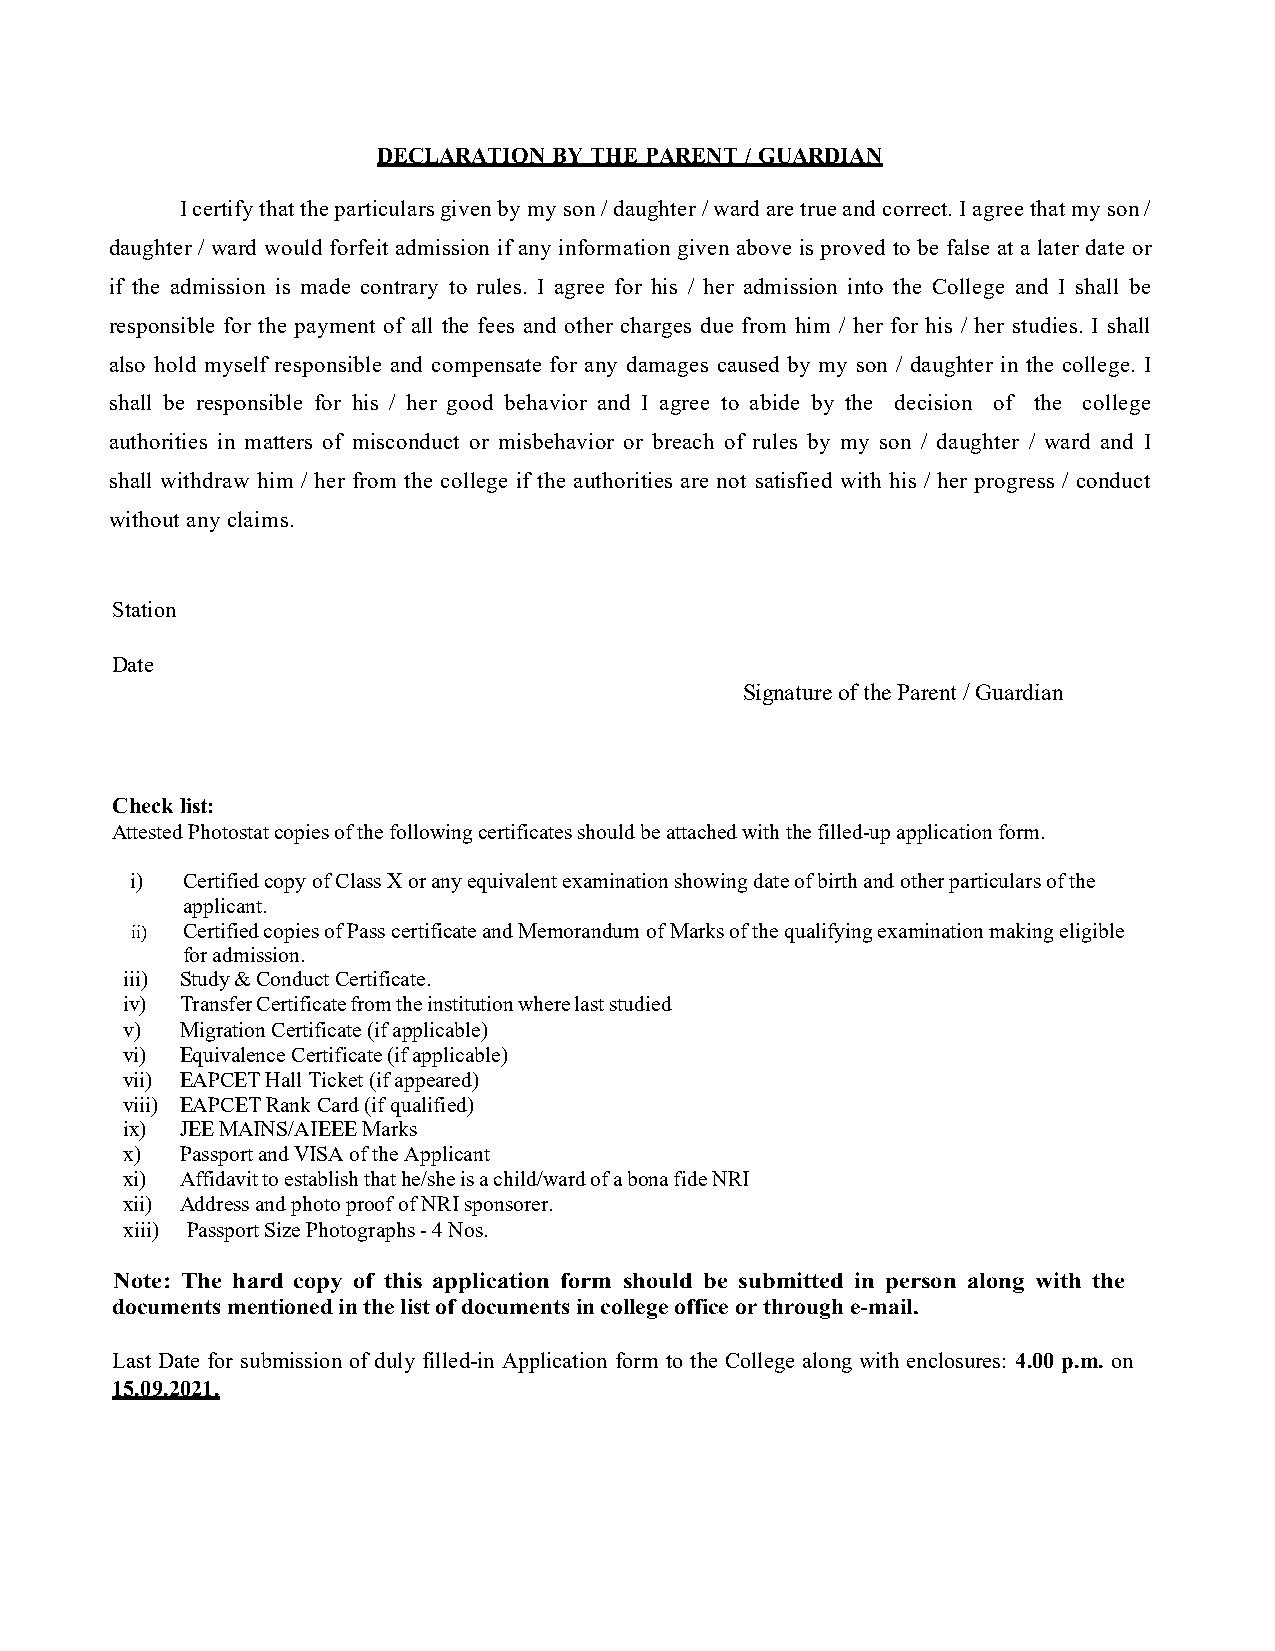
DECLARATION BY THE PARENT / GUARDIAN
 I certify that the particulars given by my son / daughter / ward are true and correct. I agree that my son /
 daughter / ward would forfeit admission if any information given above is proved to be false at a later date or
 if the admission is made contrary to rules. I agree for his / her admission into the College and I shall be
 responsible for the payment of all the fees and other charges due from him / her for his / her studies. I shall
 also hold myself responsible and compensate for any damages caused by my son / daughter in the college. I
 shall be responsible for his / her good behavior and I agree to abide by the decision of the college
 authorities in matters of misconduct or misbehavior or breach of rules by my son / daughter / ward and I
 shall withdraw him / her from the college if the authorities are not satisfied with his / her progress / conduct
 without any claims.
 Station
 Date
 Signature of the Parent / Guardian
 Check list:
 Attested Photostat copies of the following certificates should be attached with the filled-up application form.
 i) Certified copy of Class X or any equivalent examination showing date of birth and other particulars of the
 applicant.
 ii) Certified copies of Pass certificate and Memorandum of Marks of the qualifying examination making eligible
 for admission.
 iii) Study & Conduct Certificate.
 iv) Transfer Certificate from the institution where last studied
 v)  Migration Certificate (if applicable)
 vi) Equivalence Certificate (if applicable)
 vii) EAPCET Hall Ticket (if appeared)
 viii) EAPCET Rank Card (if qualified)
 ix) JEE MAINS/AIEEE Marks
 x)  Passport and VISA of the Applicant
 xi) Affidavit to establish that he/she is a child/ward of a bona fide NRI
 xii) Address and photo proof of NRI sponsorer.
 xiii) Passport Size Photographs - 4 Nos.
 Note: The hard copy of this application form should be submitted in person along with the
 documents mentioned in the list of documents in college office or through e-mail.
 Last Date for submission of duly filled-in Application form to the College along with enclosures: 4.00 p.m. on
 15.09.2021.